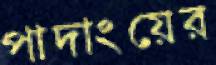
পাদাংয়ের